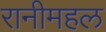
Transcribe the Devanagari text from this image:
रानीमहल